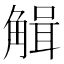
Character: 𧤏